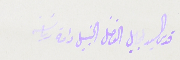
قدس السيد الجليل الفاضل دامة رياسَته